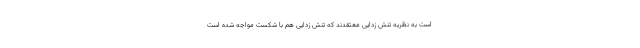
است به نظریه تنش زدایی معتقدند که تنش زدایی هم با شکست مواجه شده است